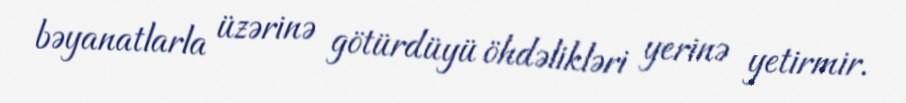
bəyanatlarla üzərinə götürdüyü öhdəlikləri yerinə yetirmir.